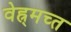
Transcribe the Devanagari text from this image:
वेह्र्मच्त